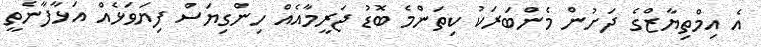
އެ އިމްތިޔާޒްގެ ދަށުން މެންބަރަކު ކިތަންމެ ބޮޑު ޖަރީމާއެއް ހިންގިޔަސް ފިޔަވަޅެއް އަޅާފާނެތީ